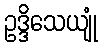
ဥဒ္ဒိသေယျုံ